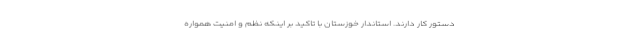
دستور کار دارند. استاندار خوزستان با تاکید بر اینکه نظم و امنیت همواره